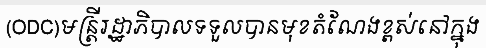
(ODC)មន្ត្រីរដ្ឋាភិបាលទទួលបានមុខតំណែងខ្ពស់នៅក្នុង